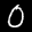
Label: 0